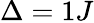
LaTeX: \Delta=1J